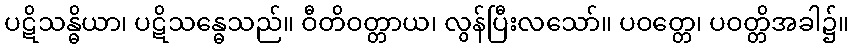
ပဋိသန္ဓိယာ၊ ပဋိသန္ဓေသည်။ ဝီတိဝတ္တာယ၊ လွန်ပြီးလသော်။ ပဝတ္တေ၊ ပဝတ္တိအခါ၌။